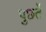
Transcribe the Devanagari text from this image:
पुछतें